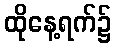
ထိုနေ့ရက်၌